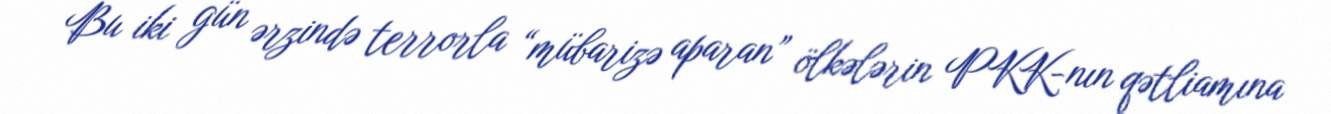
Bu iki gün ərzində terrorla “mübarizə aparan” ölkələrin PKK-nın qətliamına